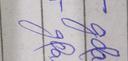
Signature authenticity: forged